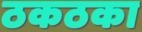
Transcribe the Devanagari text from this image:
ठकठका